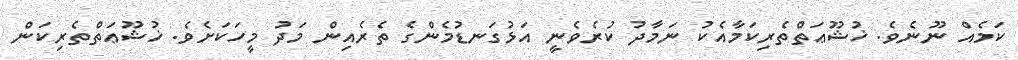
ކަމެއް ނޫނެވެ. ޚުޝޫޢަތްތެރިކަމާއެކު ނަމާދު ކުރެވެނީ އަޅުގަނޑުމެންގެ ތެރެއިން މަދު މީހަކަށެވެ. ޚުޝޫޢަތްތެރިކަން